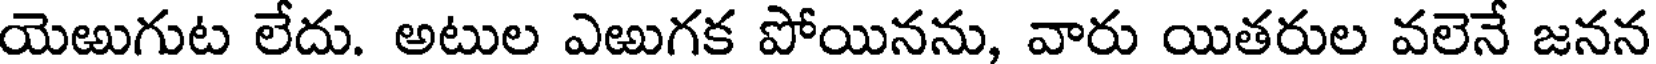
యెఱుగుట లేదు. అటుల ఎఱుగక పోయినను, వారు యితరుల వలెనే జనన